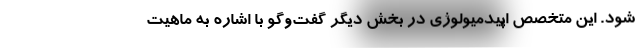
شود. این متخصص اپیدمیولوژی در بخش دیگر گفت‌وگو با اشاره به ماهیت